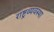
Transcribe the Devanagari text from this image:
राष्ट्रव्यवस्था